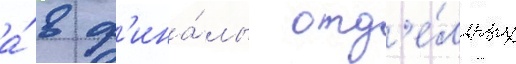
а́ в ф'ина́лы отд'е́льных